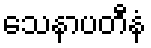
သေနာပတီနံ